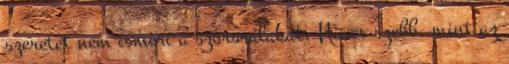
szeretet nem ismeri a szőrszálakat. Nincs szebb, mint az